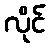
လိုင်